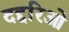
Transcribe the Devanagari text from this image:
दद्दरिओ